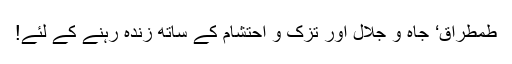
طمطراق‘ جاہ و جلال اور تزک و احتشام کے ساتھ زندہ رہنے کے لئے!